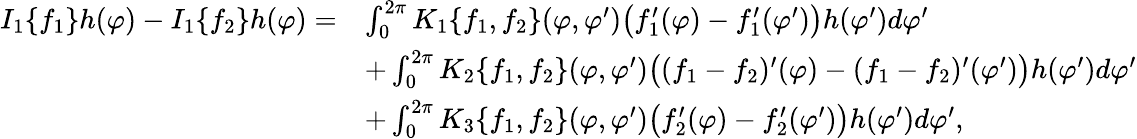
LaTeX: \begin{array}{rl}{I_{1}\{ f_{1}\} h(\varphi)-I_{1}\{ f_{2}\} h(\varphi)=}&{\int_{0}^{2\pi}K_{1}\{ f_{1},f_{2}\} (\varphi,\varphi^{\prime})\big(f_{1}^{\prime}(\varphi)-f_{1}^{\prime}(\varphi^{\prime})\big)h(\varphi^{\prime})d\varphi^{\prime}}\\ &{+\int_{0}^{2\pi}K_{2}\{ f_{1},f_{2}\} (\varphi,\varphi^{\prime})\big((f_{1}-f_{2})^{\prime}(\varphi)-(f_{1}-f_{2})^{\prime}(\varphi^{\prime})\big)h(\varphi^{\prime})d\varphi^{\prime}}\\ &{+\int_{0}^{2\pi}K_{3}\{ f_{1},f_{2}\} (\varphi,\varphi^{\prime})\big(f_{2}^{\prime}(\varphi)-f_{2}^{\prime}(\varphi^{\prime})\big)h(\varphi^{\prime})d\varphi^{\prime},}\end{array}